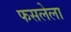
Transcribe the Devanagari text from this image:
फसलेला